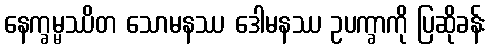
နေက္ခမ္မဿိတ သောမနဿ ဒေါမနဿ ဥပက္ခာကို ပြဆိုခန်း